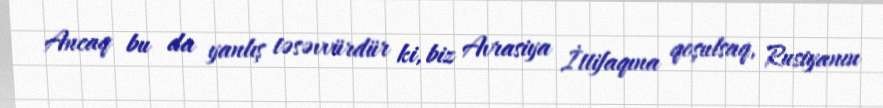
Ancaq bu da yanlış təsəvvürdür ki, biz Avrasiya İttifaqına qoşulsaq, Rusiyanın